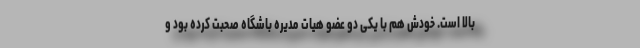
بالا است. خودش هم با یکی دو عضو هیات مدیره باشگاه صحبت کرده بود و